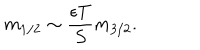
LaTeX: m _ { 1 / 2 } \sim \frac { \epsilon T } { S } m _ { 3 / 2 } .